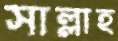
সাল্লাহ